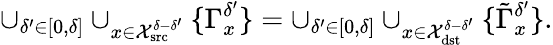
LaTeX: \cup_{\delta^{\prime}\in[0,\delta]}\cup_{x\in\mathcal{X}_{\textrm{src}}^{\delta-\delta^{\prime}}}\{ \Gamma_{x}^{\delta^{\prime}}\} =\cup_{\delta^{\prime}\in[0,\delta]}\cup_{x\in\mathcal{X}_{\textrm{dst}}^{\delta-\delta^{\prime}}}\{ \tilde{\Gamma}_{x}^{\delta^{\prime}}\} .